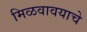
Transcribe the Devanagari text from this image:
मिळवावयाचे